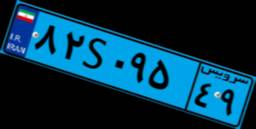
۸۲S۰۹۵۴۹